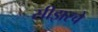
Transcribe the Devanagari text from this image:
सीझरचे